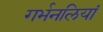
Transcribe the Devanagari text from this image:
गर्भनलियां